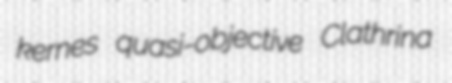
kernes quasi-objective Clathrina